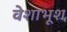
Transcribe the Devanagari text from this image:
वेशाभूश